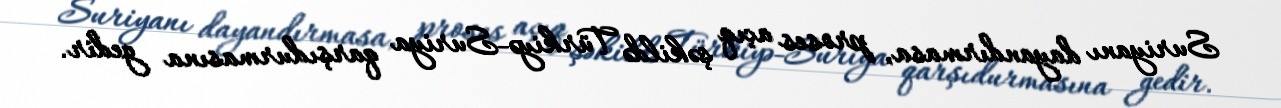
Suriyanı dayandırmasa, proses açıq şəkildə Türkiyə-Suriya qarşıdurmasına gedir.